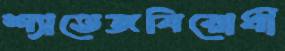
শ্যাভেজবিরোধী